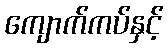
ကျောက်ကပ်နှင့်